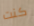
كنت